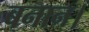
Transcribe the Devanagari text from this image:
बनान।